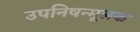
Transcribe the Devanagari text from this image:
उपनिषन्मूलक